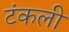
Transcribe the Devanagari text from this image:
टंकली